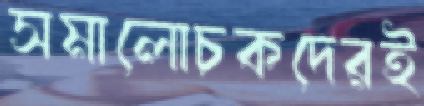
সমালোচকদেরই